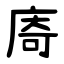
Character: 㢊